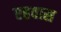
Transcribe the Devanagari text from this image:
एहवास